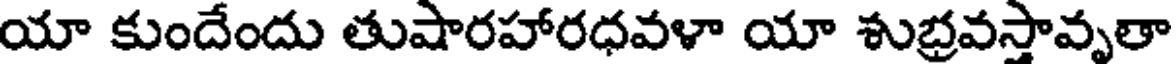
యా కుందేందు తుషారహారధవళా యా శుభ్రవస్తావృతా